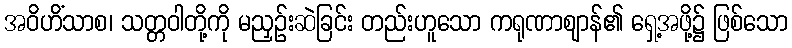
အဝိဟိံသာစ၊ သတ္တဝါတို့ကို မညှဉ်းဆဲခြင်း တည်းဟူသော ကရုဏာဈာန်၏ ရှေ့အဖို့၌ ဖြစ်သော